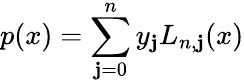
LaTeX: p(x)=\sum_{\mathbf{j}=0}^{n}y_{\mathbf{j}}L_{n,\mathbf{j}}(x)